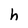
Character: h